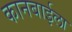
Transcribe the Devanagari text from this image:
कानबाईला